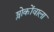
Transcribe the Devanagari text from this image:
श्लोकोंवाला